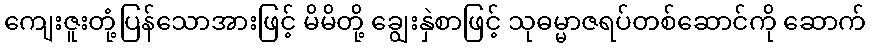
ကျေးဇူးတုံ့ပြန်သောအားဖြင့် မိမိတို့ ချွေးနှဲစာဖြင့် သုဓမ္မာဇရပ်တစ်ဆောင်ကို ဆောက်